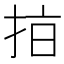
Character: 𢫾